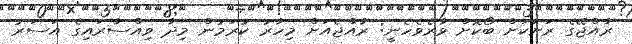
ރާއްޖޭގެ ރަށަކަށް ބޯކޮށް ވާރެވެހެނީ: ރާއްޖެއަށް މިހާރު ކުރަމުން މިދާ ވިއްސާރައިގެ އަސަރު